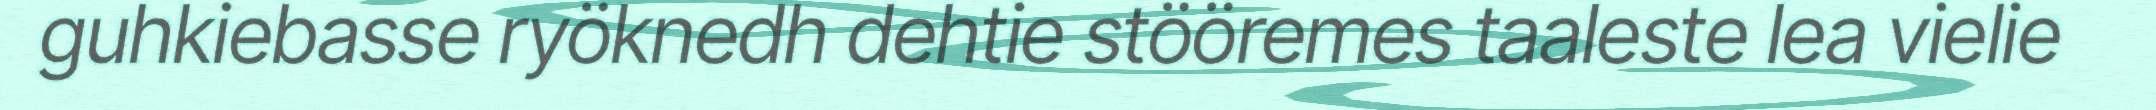
guhkiebasse ryöknedh dehtie stööremes taaleste lea vielie